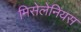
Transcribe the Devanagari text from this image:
मिसेलेनियस